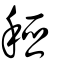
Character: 稏